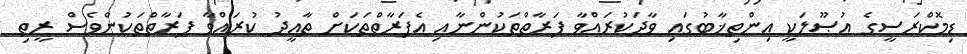
ޑިމޮކްރަސީގެ އުޞޫލަކީ އިންތިޚާބުގައި ވާދަކުރައްވާ ފަރާތްތަކުންނާއި އެފަރާތްތަކަށް ތާއީދު ކުރައްވާ ފަރާތްތަކުންވެސް ރީތި